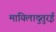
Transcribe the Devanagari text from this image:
मायिलादुतुरई